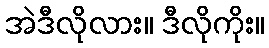
အဲဒီလိုလား။ ဒီလိုကိုး။